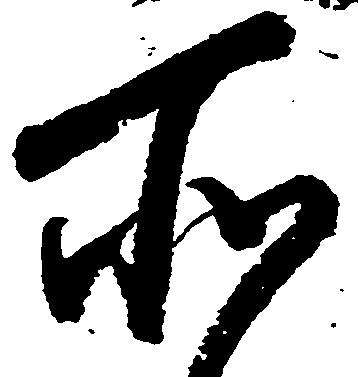
所